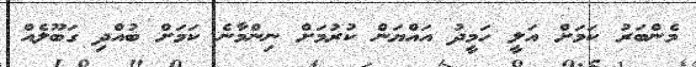
މެންބަރު ކަމަށް އަލީ ހަމީދު އައްޔަން ކުރުމަށް ނިންމާނެ ކަމަށް ބުއްދި ގަބޫލެއް